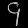
Digit: ၄